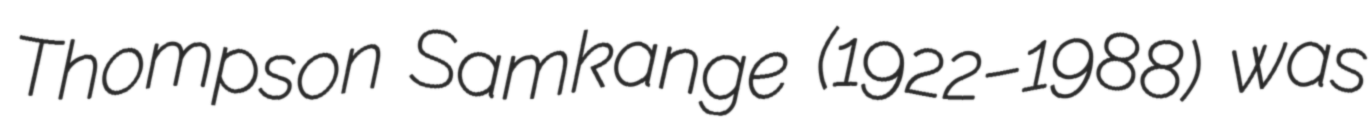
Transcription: Thompson Samkange (1922–1988) was